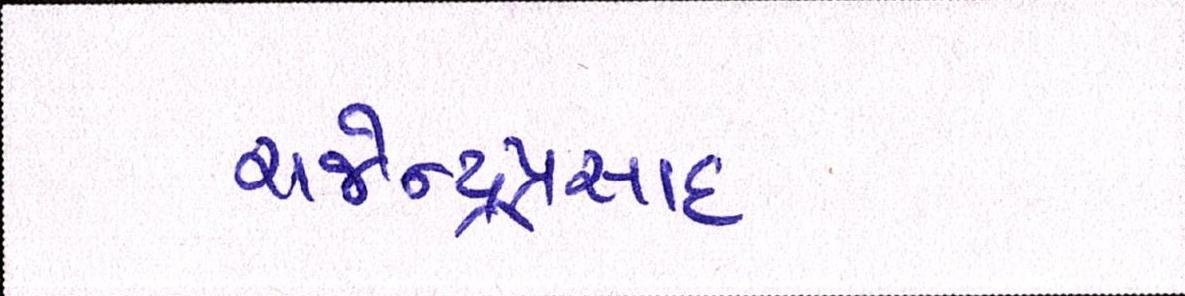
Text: રાજેન્દ્રપ્રસાદ